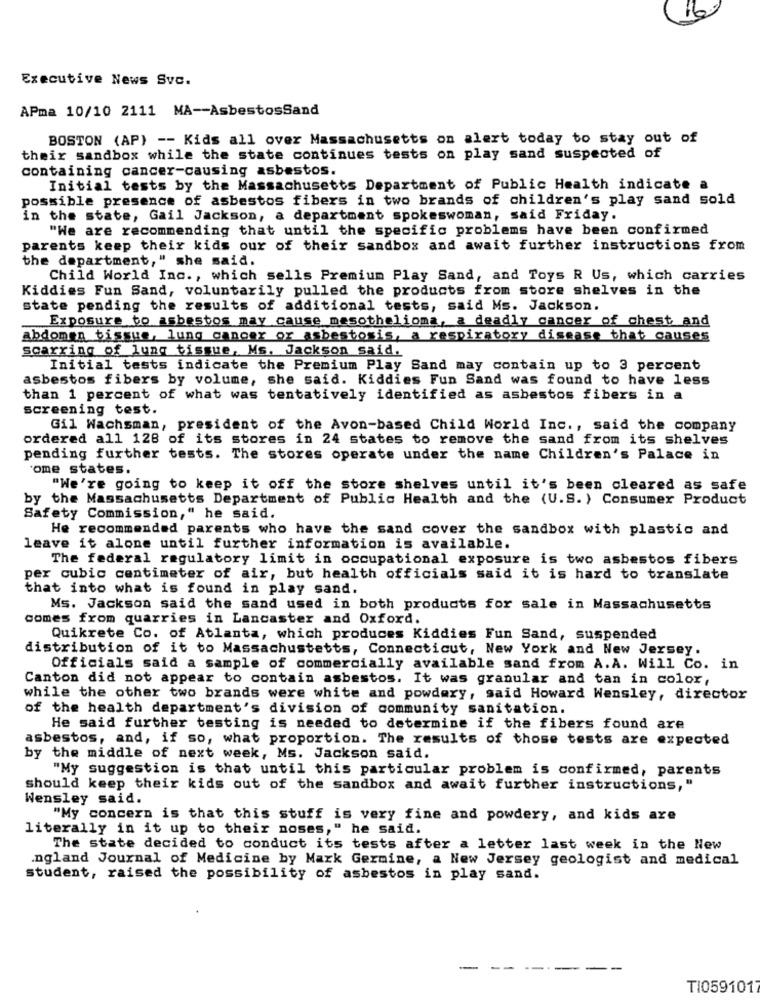
16:
Executive News Svc.
APma 10/10 2111 MA -- AsbestosSand
BOSTON (AP) -- Kids all over Massachusetts on alert today to stay out of
their sandbox while the state continues tests on play sand suspected of
containing cancer-causing asbestos.
Initial tests by the Massachusetts Department of Public Health indicate a
possible presence of asbestos fibers in two brands of children's play sand sold
in the state, Gail Jackson, a department spokeswoman, said Friday.
"We are recommending that until the specific problems have been confirmed
parents keep their kids our of their sandbox and await further instructions from
the department," she said.
Child World Inc ., which sells Premium Play Sand, and Toys R Us, which carries
Kiddies Fun Sand, voluntarily pulled the products from store shelves in the
state pending the results of additional tests, said Ms. Jackson.
Exposure to asbestos may cause mesothelioma, a deadly cancer of chest and
abdomen bissue, lung cancer or asbestosis, a respiratory disease that causes
scarring of lung tissue, Ms. Jackson said.
Initial tests indicate the Premium Play Sand may contain up to 3 percent
asbestos fibers by volume, she said. Kiddies Fun Sand was found to have less
than 1 percent of what was tentatively identified as asbestos fibers in a
screening test.
Gil Wachsman, president of the Avon-based Child World Inc ., said the company
ordered all 128 of its stores in 24 states to remove the sand from its shelves
pending further tests. The stores operate under the name Children's Palace in
ome states.
"We're going to keep it off the store shelves until it's been cleared as safe
by the Massachusetts Department of Public Health and the (U.S. ) Consumer Product
Safety Commission," he said.
He recommended parents who have the sand cover the sandbox with plastic and
leave it alone until further information is available.
The federal regulatory limit in occupational exposure is two asbestos fibers
per cubic centimeter of air, but health officials said it is hard to translate
that into what is found in play sand.
Ms. Jackson said the sand used in both products for sale in Massachusetts
comes from quarries in Lancaster and Oxford.
Quikrete Co. of Atlanta, which produces Kiddies Fun Sand, suspended
distribution of it to Massachustetts, Connecticut, New York and New Jersey.
Officials said a sample of commercially available sand from A.A. Will Co. in
Canton did not appear to contain asbestos. It was granular and tan in color,
while the other two brands were white and powdery, said Howard Wensley, director
of the health department's division of community sanitation.
He said further testing is needed to determine if the fibers found are
asbestos, and, if so, what proportion. The results of those tests are expected
by the middle of next week, Ms. Jackson said.
"My suggestion is that until this particular problem is confirmed, parents
should keep their kids out of the sandbox and await further instructions,"
Wensley said.
"My concern is that this stuff is very fine and powdery, and kids are
literally in it up to their noses," he said.
The state decided to conduct its tests after a letter last week in the New
ngland Journal of Medicine by Mark Germine, a New Jersey geologist and medical
student, raised the possibility of asbestos in play sand.
-
-
TI0591017